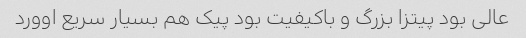
عالی بود پیتزا بزرگ و باکیفیت بود پیک هم بسیار سریع اوورد